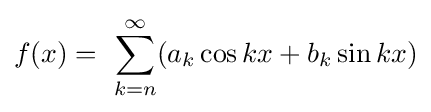
f(x)=\ \sum _{k=n}^{\infty }(a_{k}\cos kx+b_{k}\sin kx)